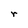
Character: r